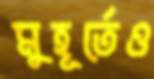
মুহূর্তেও